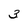
Character: 3